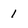
Character: 1